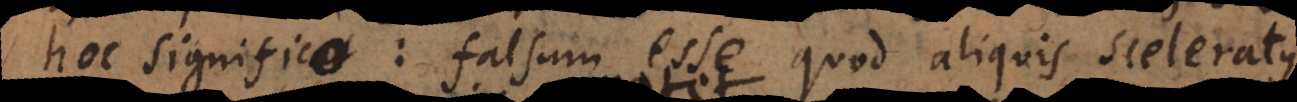
hoc significo: falsum esse quod aliquis sceleratus